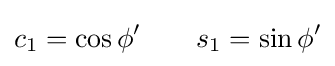
c_{1}=\cos \phi '\qquad s_{1}=\sin \phi '